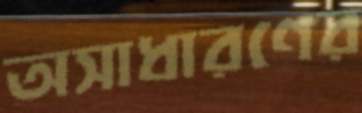
অসাধারণের